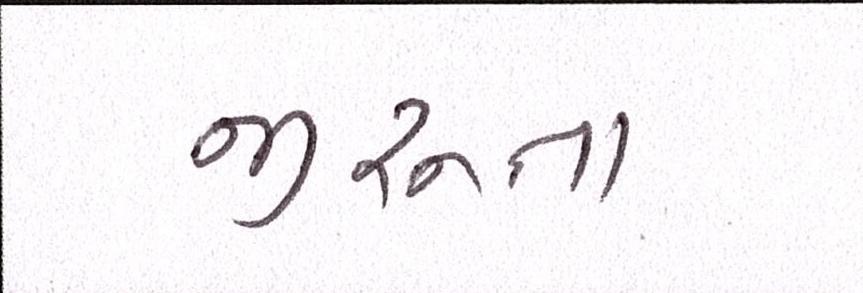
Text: જીરુના